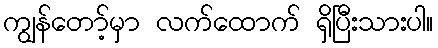
ကျွန်တော့်မှာ လက်ထောက် ရှိပြီးသားပါ။